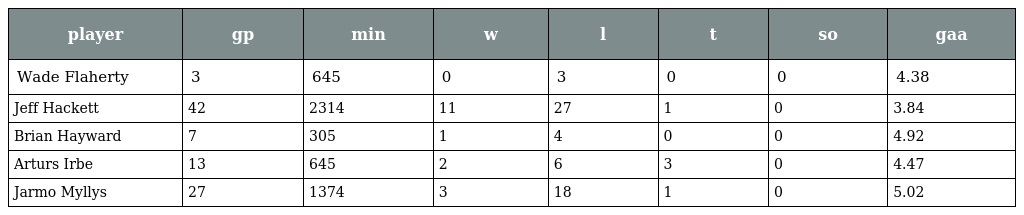
| player | gp | min | w | l | t | so | gaa |
 | --- | --- | --- | --- | --- | --- | --- | --- |
 | Wade Flaherty | 3 | 645 | 0 | 3 | 0 | 0 | 4.38 |
 | Jeff Hackett | 42 | 2314 | 11 | 27 | 1 | 0 | 3.84 |
 | Brian Hayward | 7 | 305 | 1 | 4 | 0 | 0 | 4.92 |
 | Arturs Irbe | 13 | 645 | 2 | 6 | 3 | 0 | 4.47 |
 | Jarmo Myllys | 27 | 1374 | 3 | 18 | 1 | 0 | 5.02 |